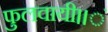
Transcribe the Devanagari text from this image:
फुलवायी।।ं